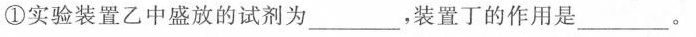
①实验装置乙中盛放的试剂为___，装置丁的作用是___。